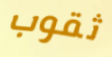
ثقوب